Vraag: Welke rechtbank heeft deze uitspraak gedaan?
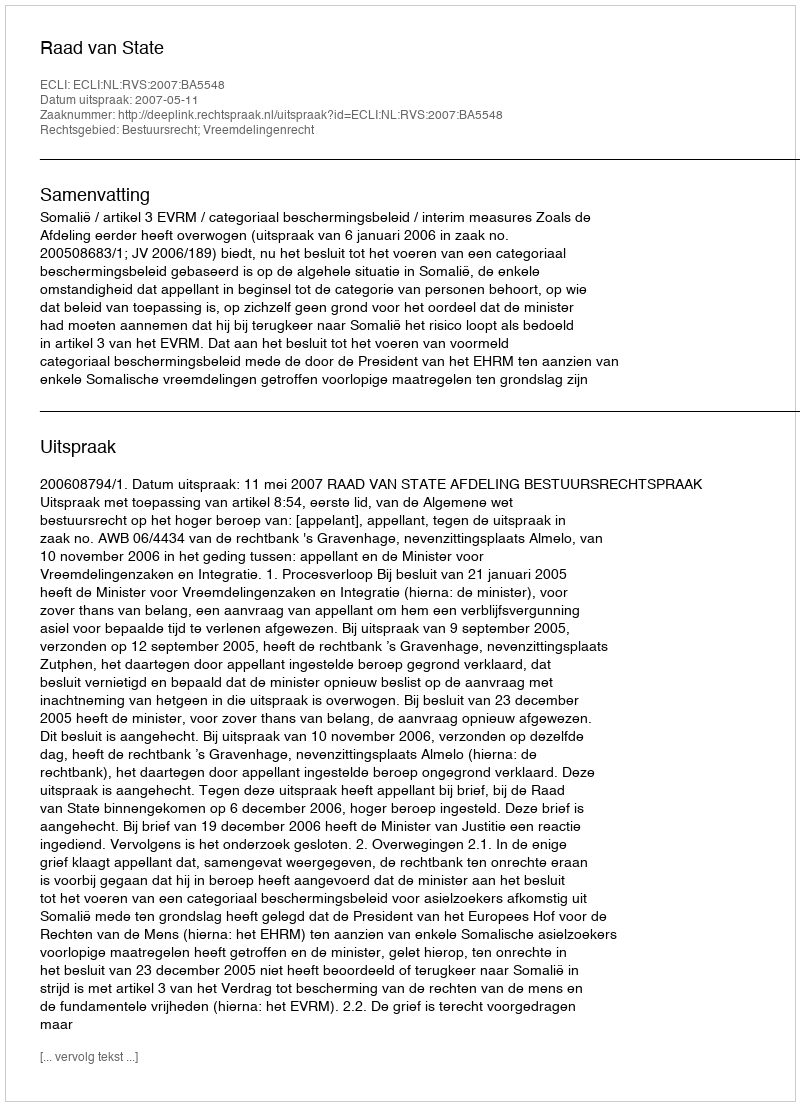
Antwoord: Raad van State